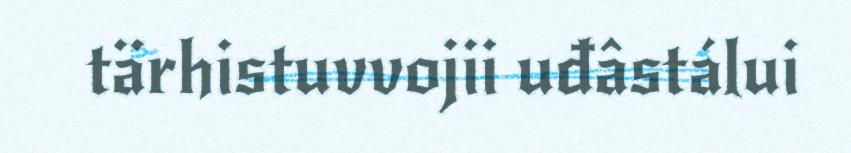
tärhistuvvojii uđâstálui